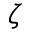
\zeta